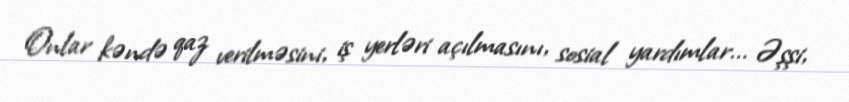
Onlar kəndə qaz verilməsini, iş yerləri açılmasını, sosial yardımlar... Əşşi,